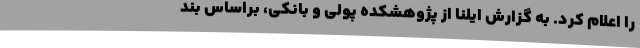
را اعلام کرد. به گزارش ایلنا از پژوهشکده پولی و بانکی، براساس بند